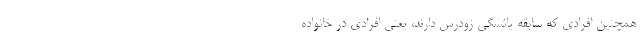
همچنین افرادی که سابقه یائسگی زودرس دارند، یعنی افرادی در خانواده